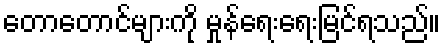
တောတောင်များကို မှုန်ရေးရေးမြင်ရသည်။